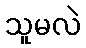
သူမလဲ